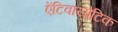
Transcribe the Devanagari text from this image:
ऐंटिवायोटिक